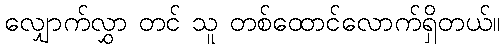
လျှောက်လွှာ တင် သူ တစ်ထောင်လောက်ရှိတယ်။